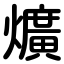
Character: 爌